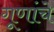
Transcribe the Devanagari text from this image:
गूणांचे